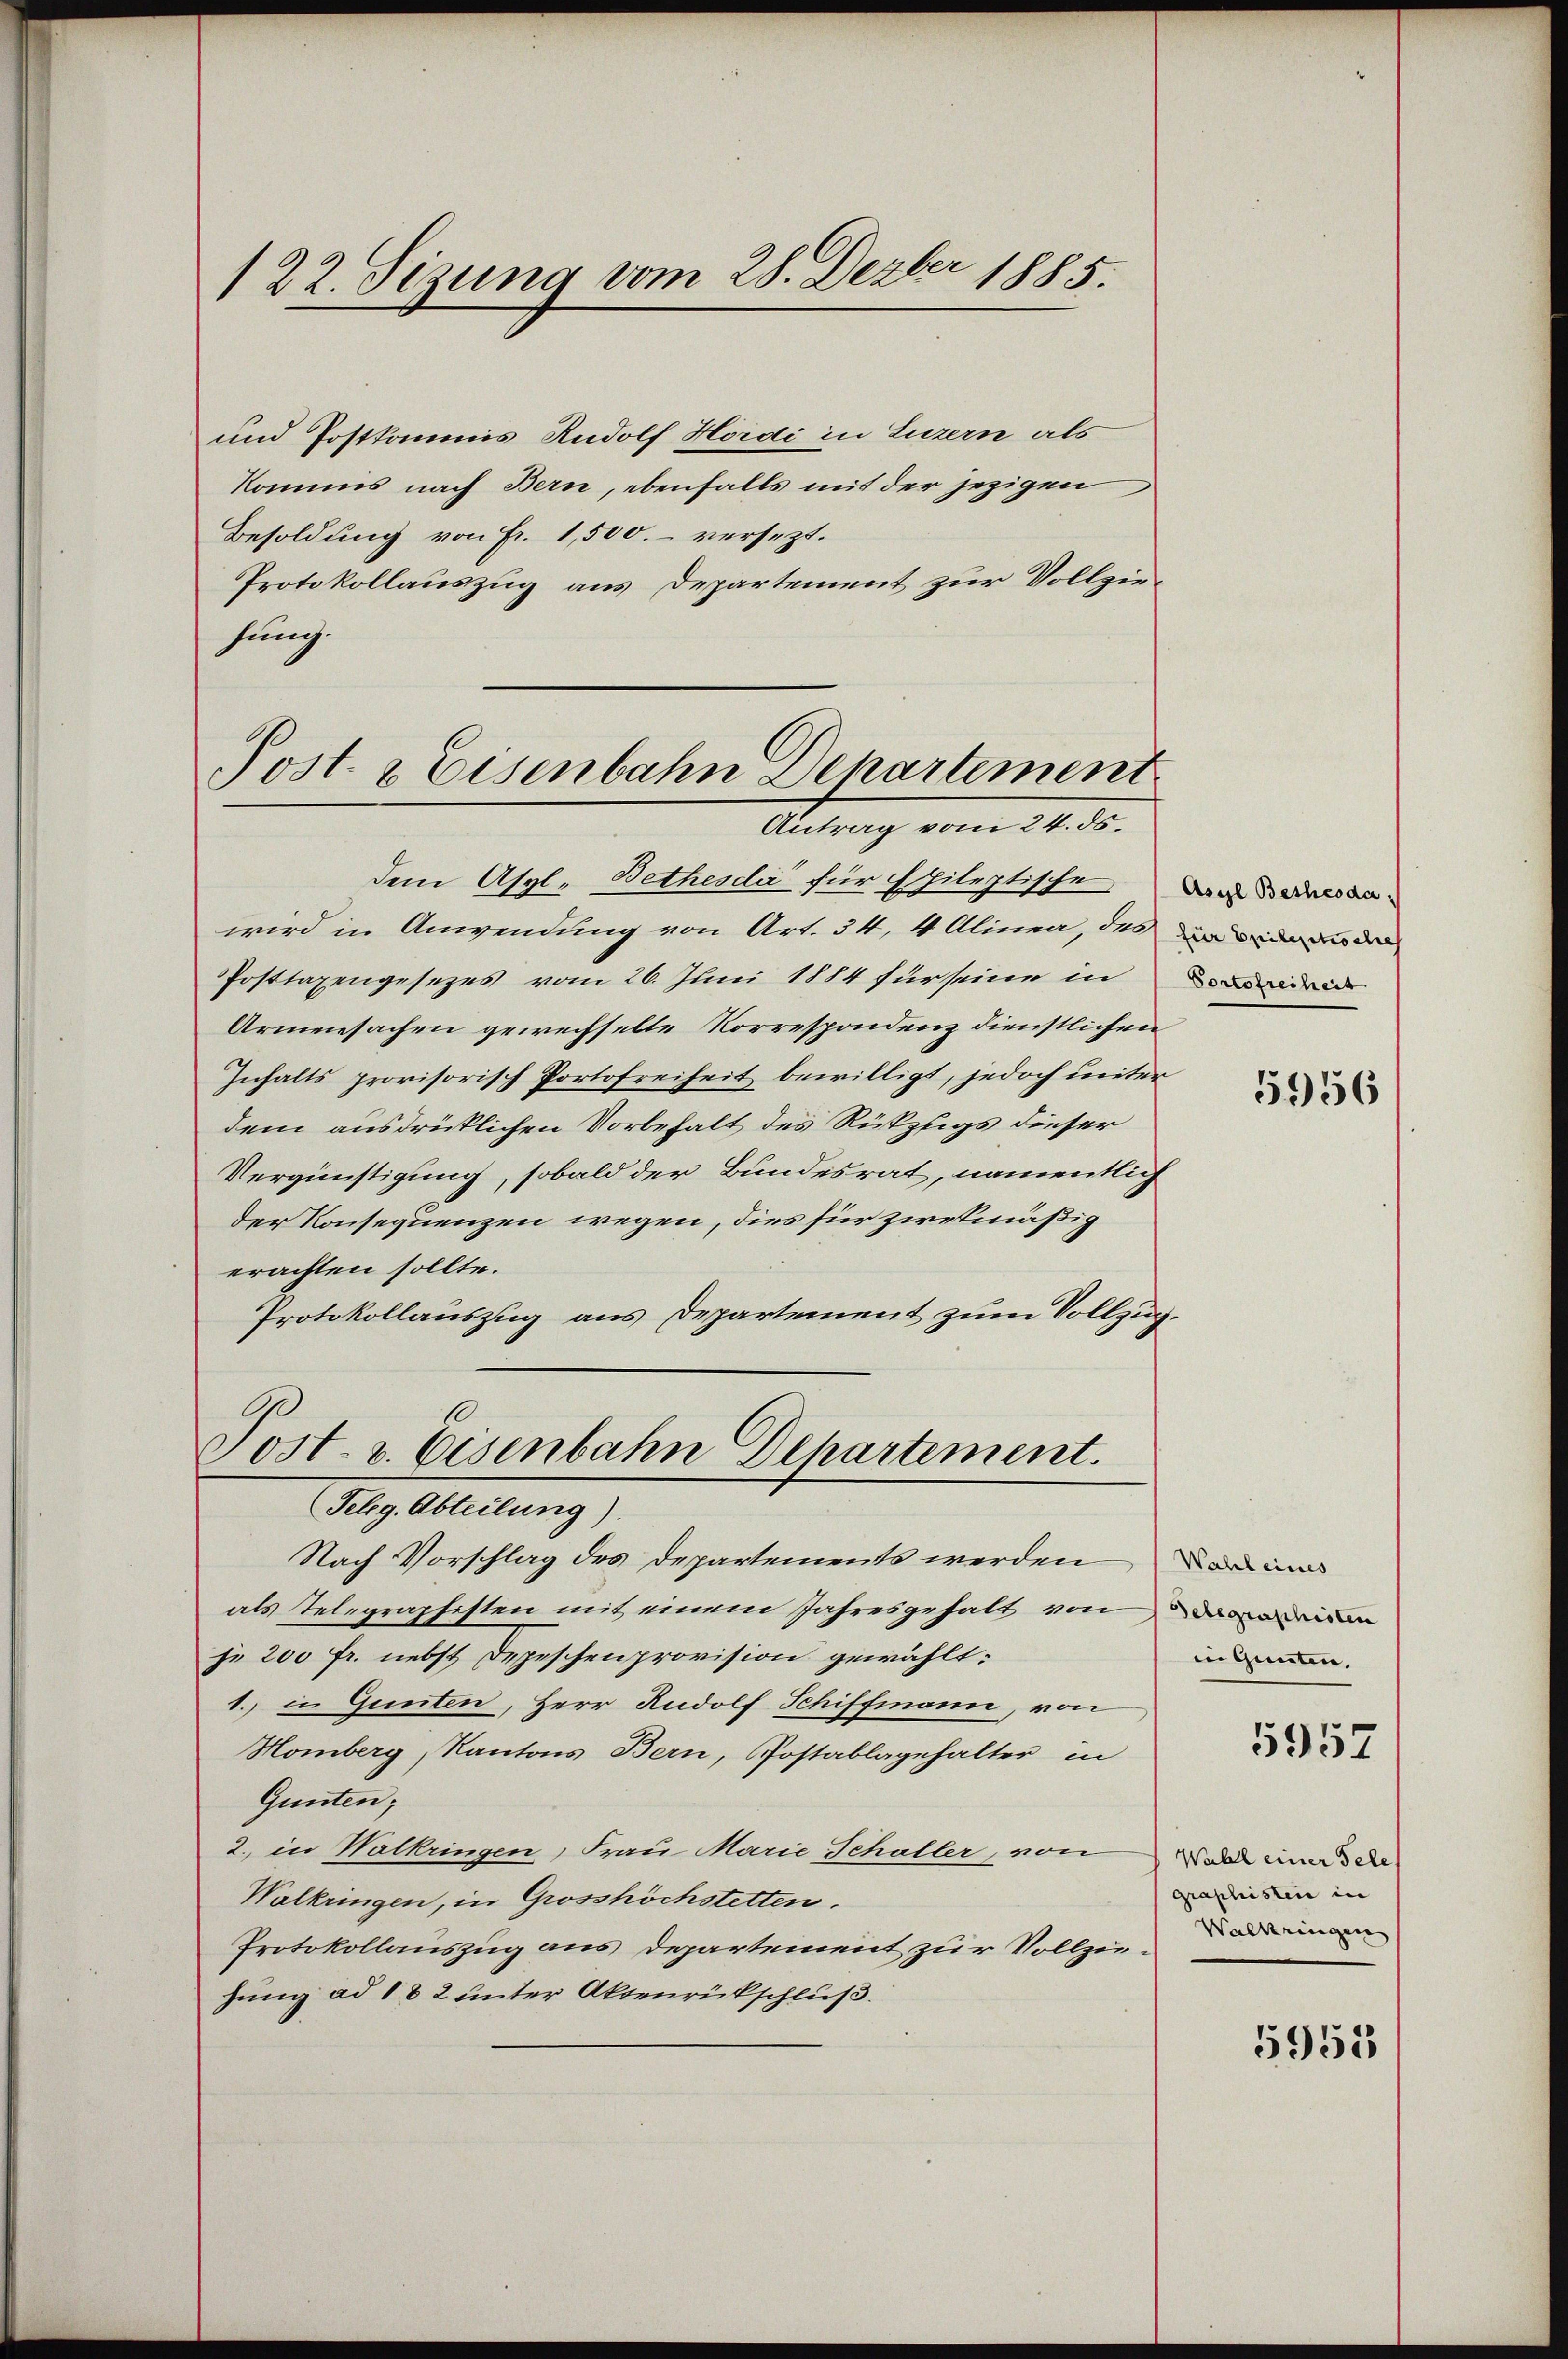
122. Sizung vom 28. Dezbr 1885.

und Postkommis Rudolf Hordi in Luzern als
Kommis nach Bern, ebenfalls mit der jezigen
Besoldung von Fr. 1,500. versezt.
Protokollauszug aus Departement zur Vollziehung.

Post- & Eisenbahn Departement
Antrag vom 24. ds.

dem Asyl-Bethesda für spileptische an dassen
wird in Anwendung von Art. 34, 4 Alinea, das und an de
Posttaxengesezes vom 26. Juni 1884 für seine in dirig
Armensachen gewechselte Korrespondenz dienstlichen
Inhalts provisorisch Portofreiheit bewilligt, jedoch unter
dem ausdrücklichen Vorbehalt des Rückzugs dieser
Vergünstigung, sobald der Bundesrat, namentlich
der Konsequenzen wegen, dies für zwekmäßig
erachten sollte.
Protokollauszug aus Departement zum Vollzug.
Post- & Eisenbahn Departement.

Teleg. Abteilung).

Nach Vorschlag des Departements werden
als Telegraphisten mit einem Jahresgehalt von
je 200 fr. nebst Depeschenprovision gewählt:
1. in Gunten, Herr Rudolf Schiffmann, von
Homberg, Kantons Bern, Postablagehalter in
Gunten;
2. in Walkringen, Frau Marie Schaller, von
Walkringen, in Grosshöchstetten.
Protokollauszug aus Departement zur Vollzie-Diermann
hung ad 182 unter Aktenrückschluß.

5956

Wahl eines
Selegraphisten
in Gunsten, |

5957

Wahl einer Tele
graphisten in

5955